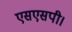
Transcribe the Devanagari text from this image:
एसएसपी।